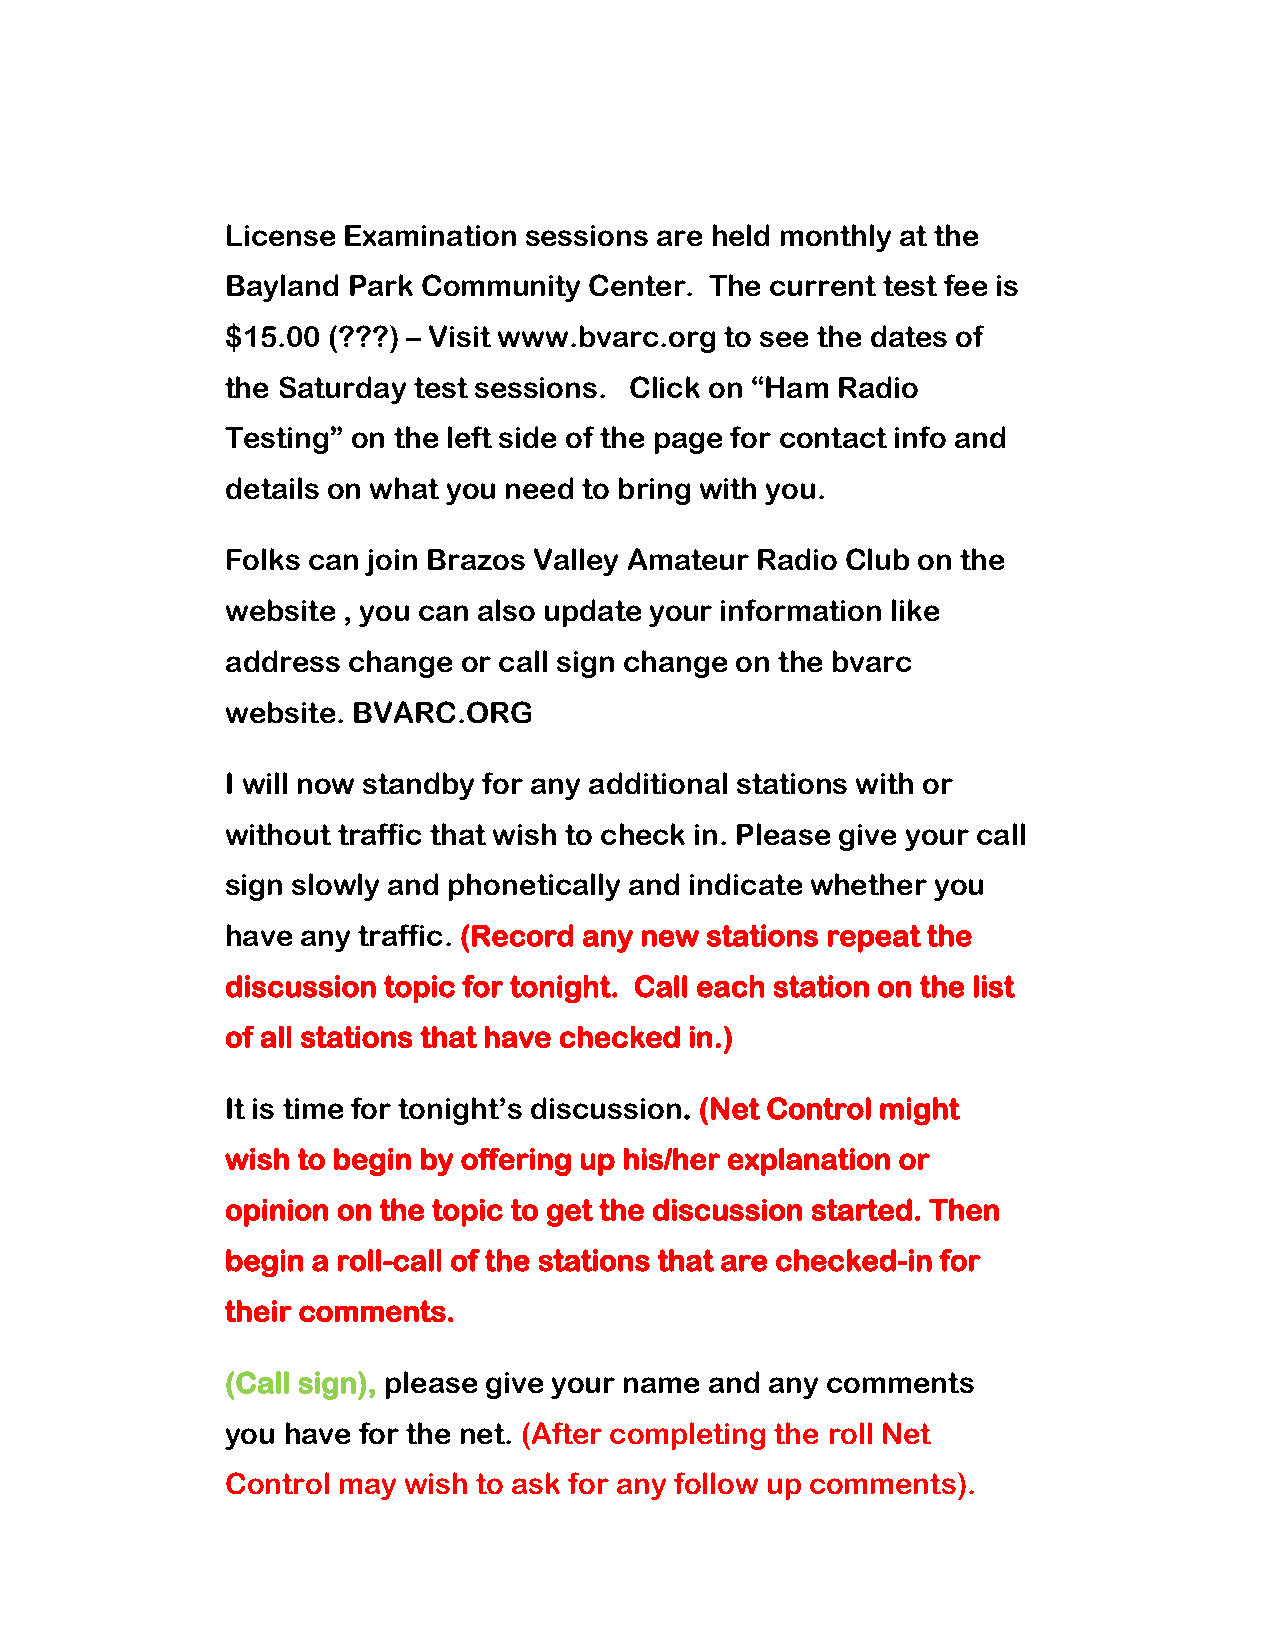
License Examination sessions are held monthly at the
 Bayland Park Community  Center. The current test fee is
 $15.00 (???) – Visit www.bvarc.org to see the dates of
 the Saturday test sessions. Click on “Ham Radio
 Testing” on the left side of the page for contact info and
 details on what you need to bring with you.
 Folks can join Brazos Valley Amateur Radio Club on the
 website , you can also update your information like
 address change  or call sign change on the bvarc
 website. BVARC.ORG
 I will now standby for any additional stations with or
 without traffic that wish to check in. Please give your call
 sign slowly and phonetically and indicate whether you
 have any traffic. (Record any new stations repeat the
 discussion topic for tonight. Call each station on the list
 of all stations that have checked in.)
 It is time for tonight’s discussion. (Net Control might
 wish to begin by offering up his/her explanation or
 opinion on the topic to get the discussion started. Then
 begin a roll-call of the stations that are checked-in for
 their comments.
 (Call sign), please give your name and any comments
 you have for the net. (After completing the roll Net
 Control may wish to ask for any follow up comments).